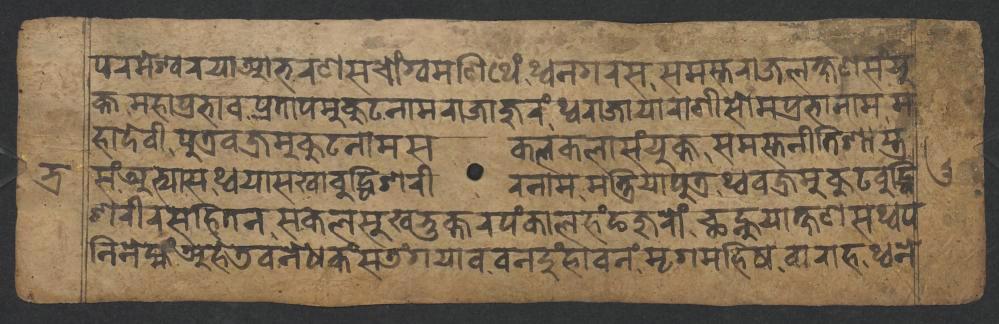
𑐥𑐬𑐩𑐾𑐱𑑂𑐰𑐬𑐫𑐵𑐁𑐨𑐬𑐞𑐳𑐔𑑀𑑄𑐐𑑂𑐰𑐩𑐞𑐷𑐠𑐾𑑄𑐠𑑂𑐰𑐣𑐐𑐬𑐳𑐳𑐩𑐳𑑂𑐟𑐬𑐵𑐖𑐮𑐎𑑂𑐲𑐞𑐳𑑄𑐫𑐸 𑐎𑑂𑐟𑐩𑐴𑐵𑐥𑑂𑐬𑐨𑐵𑐰𑐥𑑂𑐬𑐟𑐵𑐥𑐩𑐸𑐎𑐸𑐚𑐣𑐵𑐩𑐬𑐵𑐖𑐵𑐖𑐸𑐬𑑄𑐠𑑂𑐰𑐬𑐵𑐖𑐵𑐫𑐵𑐬𑐵𑐞𑐷𑐳𑑀𑐩𑐥𑑂𑐬𑐨𑐵𑐣𑐵𑐩𑐩 𑐴𑐵𑐡𑐾𑐰𑐷𑐥𑐸𑐟𑑂𑐬𑐰𑐖𑑂𑐬𑐩𑐸𑐎𑐸𑐚𑐣𑐵𑐩𑐳𑐎𑐮𑐎𑐮𑐵𑐳𑑄𑐫𑐸𑐎𑑂𑐟𑐳𑐩𑐳𑑂𑐟𑐣𑐷𑐟𑐶𑐱𑐵𑐳𑑂𑐟𑑂𑐬 𑐳𑑄𑐀𑐨𑑂𑐫𑐵𑐳𑐠𑑂𑐰𑐫𑐵𑐳𑐏𑐵𑐧𑐸𑐡𑑂𑐢𑐶𑐱𑐬𑐷𑐬𑐣𑐵𑐩𑐩𑐣𑑂𑐟𑑂𑐬𑐶𑐥𑐸𑐟𑑂𑐬𑐠𑑂𑐰𑐰𑐖𑑂𑐬𑐩𑐸𑐎𑐸𑐚𑐧𑐸𑐡𑑂𑐢𑐶 𑐱𑐬𑐷𑐬𑐳𑐴𑐶𑐟𑐣𑐳𑐎𑐮𑐳𑐸𑐏𑐨𑐸𑐎𑑂𑐟𑐬𑐥𑑄𑐎𑐵𑐮𑐴𑑄𑐒𑐖𑐸𑐬𑑀𑑄𑐕𑐣𑑂𑐴𑐸𑐫𑐵𑐎𑑂𑐲𑐞𑐳𑐠𑑂𑐰𑐥 𑐣𑐶𑐣𑐾𑐩𑑂𑐴𑑄𑐀𑐴𑐾𑐜𑐰𑐣𑐾𑐢𑐎𑑄𑐳𑐜𑑄𑐐𑐫𑐵𑐰𑐰𑐣𑐡𑐸𑑄𑐴𑐵𑐰𑐣𑑄𑐩𑐺𑐐𑐩𑐴𑐶𑐲𑐰𑐵𑐬𑐵𑐴𑐠𑑂𑐰𑐣𑐾